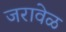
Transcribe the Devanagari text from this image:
जरावेळ